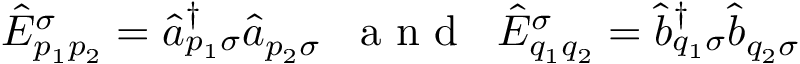
\begin{array} { r } { \hat { E } _ { p _ { 1 } p _ { 2 } } ^ { \sigma } = \hat { a } _ { p _ { 1 } \sigma } ^ { \dagger } \hat { a } _ { p _ { 2 } \sigma } \; \; \mathrm { ~ a ~ n ~ d ~ } \; \; \hat { E } _ { q _ { 1 } q _ { 2 } } ^ { \sigma } = \hat { b } _ { q _ { 1 } \sigma } ^ { \dagger } \hat { b } _ { q _ { 2 } \sigma } } \end{array}